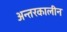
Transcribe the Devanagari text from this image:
अन्तरकालीन